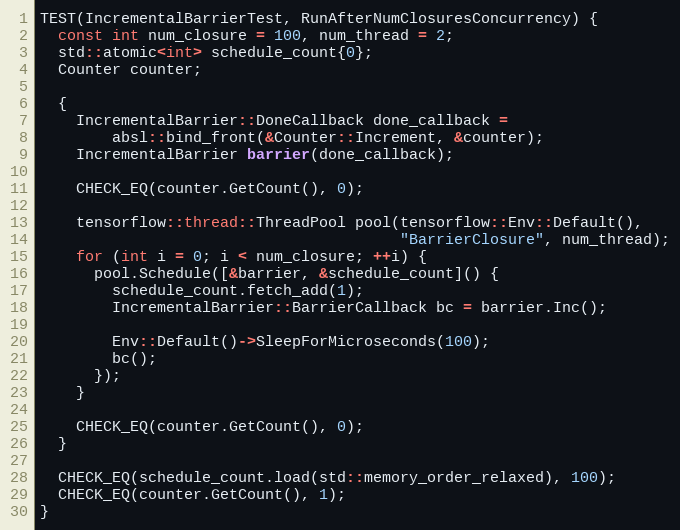
Language: C++
TEST(IncrementalBarrierTest, RunAfterNumClosuresConcurrency) {
  const int num_closure = 100, num_thread = 2;
  std::atomic<int> schedule_count{0};
  Counter counter;

  {
    IncrementalBarrier::DoneCallback done_callback =
        absl::bind_front(&Counter::Increment, &counter);
    IncrementalBarrier barrier(done_callback);

    CHECK_EQ(counter.GetCount(), 0);

    tensorflow::thread::ThreadPool pool(tensorflow::Env::Default(),
                                        "BarrierClosure", num_thread);
    for (int i = 0; i < num_closure; ++i) {
      pool.Schedule([&barrier, &schedule_count]() {
        schedule_count.fetch_add(1);
        IncrementalBarrier::BarrierCallback bc = barrier.Inc();

        Env::Default()->SleepForMicroseconds(100);
        bc();
      });
    }

    CHECK_EQ(counter.GetCount(), 0);
  }

  CHECK_EQ(schedule_count.load(std::memory_order_relaxed), 100);
  CHECK_EQ(counter.GetCount(), 1);
}